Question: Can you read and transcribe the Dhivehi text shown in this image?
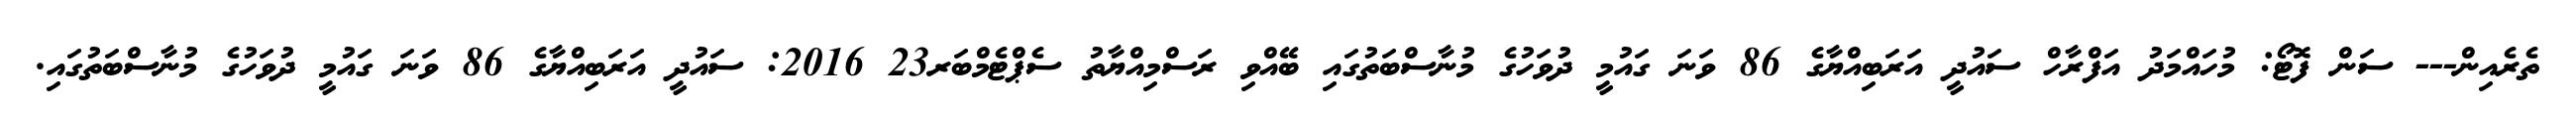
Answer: ތެރެއިން--- ސަން ފޮޓޯ: މުހައްމަދު އަފްރާހް ސައުދީ އަރަބިއްޔާގެ 86 ވަނަ ގައުމީ ދުވަހުގެ މުނާސްބަތުގައި ބޭއްވި ރަސްމިއްޔާތު ސެޕްޓެމްބަރ23 2016: ސައުދީ އަރަބިއްޔާގެ 86 ވަނަ ގައުމީ ދުވަހުގެ މުނާސްބަތުގައި.